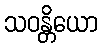
သဝန္တိယော